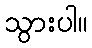
သွားပါ။